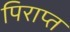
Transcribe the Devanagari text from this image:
पिराप्त